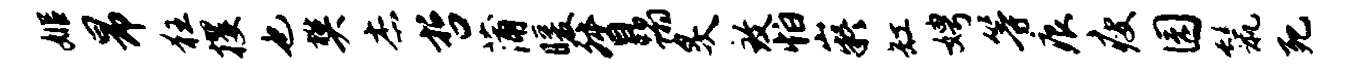
姬昂狂攫也樊杰哲蒲暖督蹋炙致怕嶷缸娉等痕瘦园鬣死